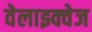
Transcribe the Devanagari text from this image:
वेलाझ्क्वेज